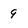
Character: 9